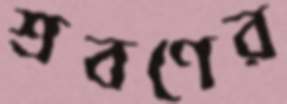
শ্রবণের